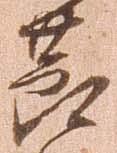
節